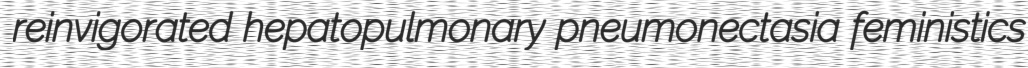
reinvigorated hepatopulmonary pneumonectasia feministics